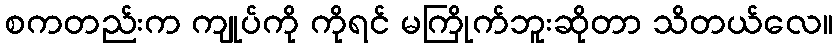
စကတည်းက ကျုပ်ကို ကိုရင် မကြိုက်ဘူးဆိုတာ သိတယ်လေ။